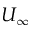
U _ { \infty }